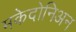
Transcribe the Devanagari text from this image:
मकेदोनिअन